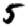
Digit: 5